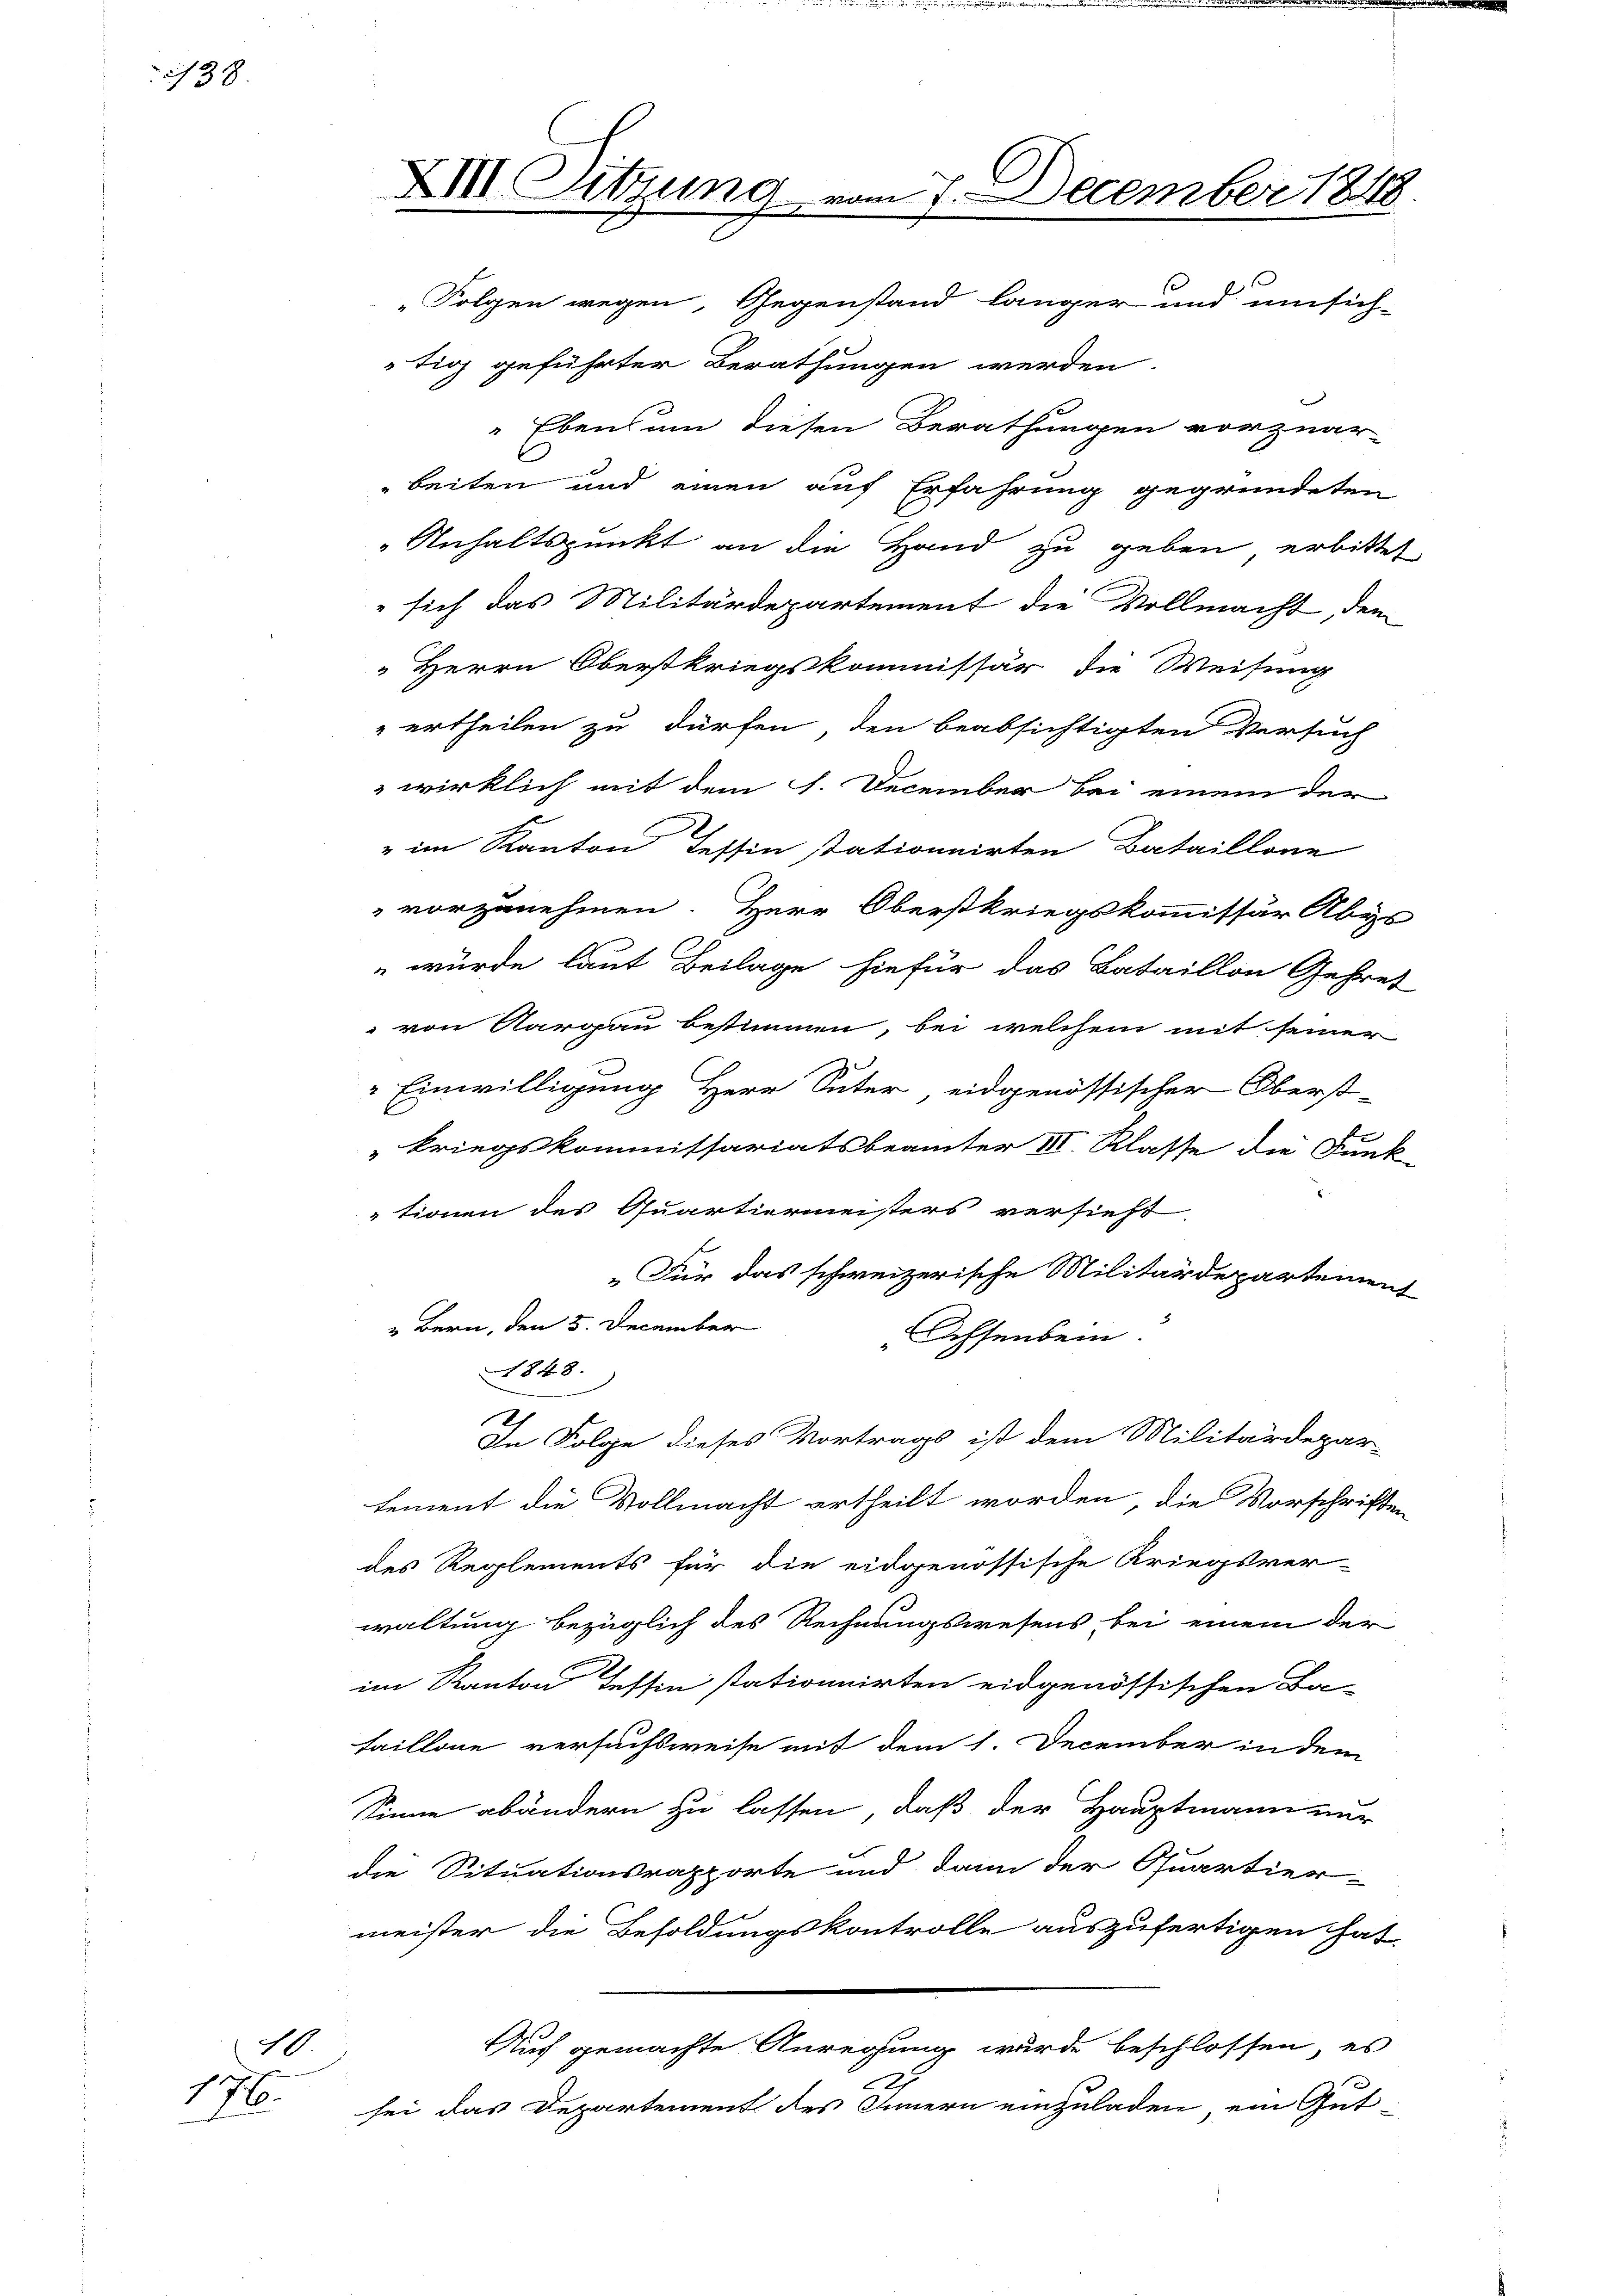
/38

10.
176.

tig geführter Berathungen werden.
 Ebensum diesen Berathungen vorzuar-
beiten und einen auf Erfahrung gegründeten
Anhaltspunkt an die Hand zu geben erbitte
" sich das Militärdepartement die Vollmacht, dem
Herrn Oberstkriegskommissär die Weisung
ertheilen zu dürfen, den beabsichtigten Versuch
wirklich mit dem 1. December bei einem der
" im Kanton Tessin stationnirten Bataillone
" vorzunehmen. Herr Oberstkriegskommissär Abs
 würde laut Beilage hiefür das Bataillon Gehre-
 von Aargau bestimmen, bei welchem mit seiner
Einwilligung Herr Suter eidgenössischer Oberst-
kriegskommissariatsbeamter III. Klasse die Funt
tionen des Quartiermeisters versieht,
„Für das schweizerische Militärdepartemen
2 Bern, den 5. December
Ochsenbein.
1848.
h
In Folge dieses Vortrags ist dem Militärdepar-
lement die Vollmacht ertheilt worden, die Vorschrifte
des Reglements für die eidgenössische Kriegsver-
waltung bezüglich des Rechnungswesens bei einem der
im Kanton Tessin stationnirten eidgenössischen Ba-
taillone versuchsweise mit dem 1. December in dem
Sinne abändern zu lassen, daß der Hauptmann nur
die Situationsrapporte und dann der Quartier-
meister die Besoldungskontrolle auszufertigen hat
Auch gemachte Anregung wurde beschlossen, es
2
sei das Departement des Innern einzuladen, ein Gut-

XIII Sitzung vom 7. December 1848.
e
„Folgen wegen, Gegenstand länger und umsich-